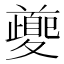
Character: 𭐱